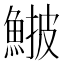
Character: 𩸉